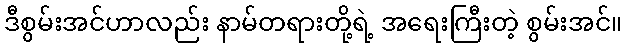
ဒီစွမ်းအင်ဟာလည်း နာမ်တရားတို့ရဲ့ အရေးကြီးတဲ့ စွမ်းအင်။